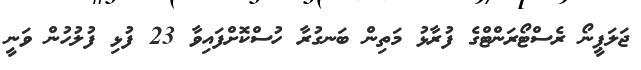
ޖަލަޕީނޯ ރެސްޓޯރަންޓްގެ ފުރާޅު މަތިން ބަނގުރާ ހުސްކޮށްފައިވާ 23 ފުޅި ފުލުހުން ވަނީ